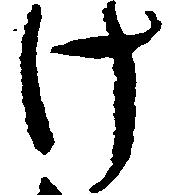
け